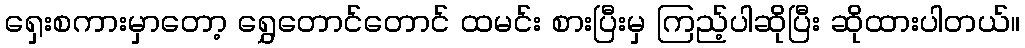
ရှေးစကားမှာတော့ ရွှေတောင်တောင် ထမင်း စားပြီးမှ ကြည့်ပါဆိုပြီး ဆိုထားပါတယ်။